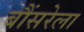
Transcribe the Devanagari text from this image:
बौंसरेला